Vaccine operations Central Provinces 1868-1885 - 1868-1885
Year: 1868
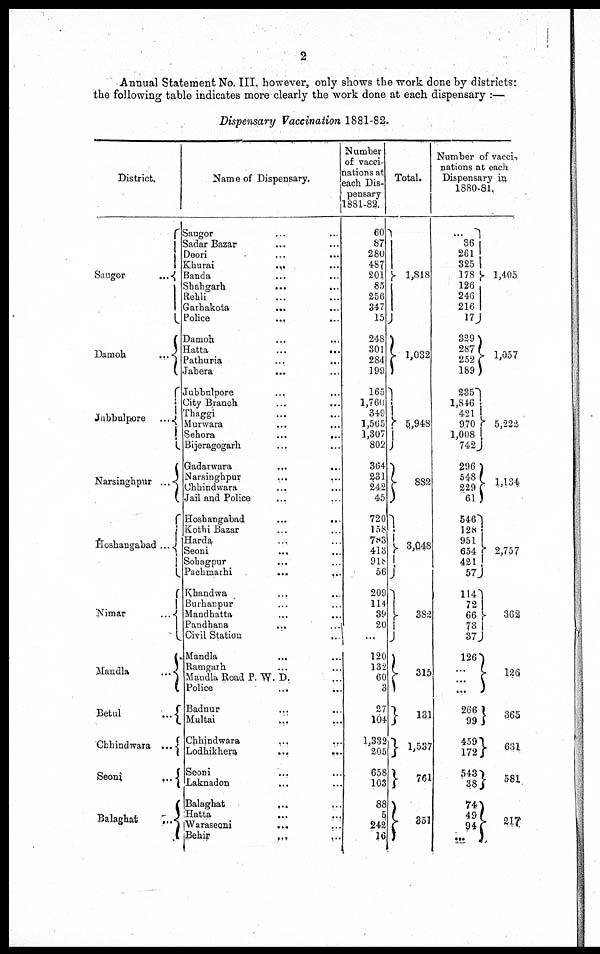
2
Annual Statement No. III. however, only shows the work done by districts:
the following table indicates more clearly the work done at each dispensary :—
Dispensary Vaccination 1881-82.
District.
Saugor...
Damoh
...
Jubbulpore
...
Narsinghpur ...
Hoshangabad ...
Nimar...
Mandla
...
Betul...
Chhindwara ...
Seoni
...
Balaghat
...
Name of Dispensary.
Saugor ... ...
Sadar Bazar ... ...
Deori ... ...
Khurai
... ...
Banda
...
...
Shahgarh
...
...
Rehli ... ...
Garhakota
...
...
Police
...
...
Damoh ... ...
Hatta...
...
Pathuria
...
...
Jabera...
Jubbulpore ... ...
City Branch ... ...
Thaggi
... ...
Murwara ... ...
Sehora...
...
Bijeragogarh ... ...
Gadarwara ... ...
Narsinghpur ... ...
Chhindwara ... ...
Jail and Police
Hoshangabad
...
...
Kothi Bazar ... ...
Harda ... ...
Seoni... ...
Sohagpur ... ...
Pachmarhi... ...
Khandwa ... ...
Burhanpur ... ...
Mandhatta ... ...
Pandhana
... ...
Civil Station ...
Mandla... ...
Ramgarh ... ...
Mandla Road P. W. D. ...
Police ... ...
Badnur ... ...
Multai ... ...
Chhindwara ... ...
Lodhikhera...
...
Seoni ... ...
Laknadon ... ...
Balaghat
...
...
Hatta
...
...
Waraseoni
... ...
Behir
...
...
Number
of vacci-
nations at
each Dis-
pensary
1881-82.
60
87
280
487
201
85
256
347
15
248
301
284
199
165
1,760
349
1,565
1,307
802
364
231
242
45
720
158
783
413
918
56
209
114
39
20
...
120
132
60
3
27
104
1,332
205
658
103
88
5
242
16
Total.
1,818
1,032
5,948
882
3,048
382
315
131
1,537
761
351
Number of vacci,
nations at each
Dispensary in,
1880-81.
...
36
261
325
178
126
246
216
17
329
287
252
189
235
1,846
421
970
1,008
742J
296
548
229
61
546
128
951
654
421
57
114
72
66
73
37
126
...
...
...
266
99
459
172
543
38
74
49
94
...
1,405
1,057
5,224
1,134
2,757
362
126
365
631
581
217